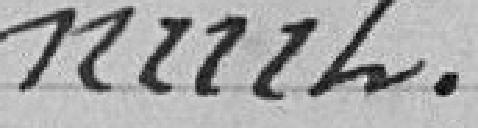
nuit.